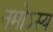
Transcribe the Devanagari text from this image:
नमोऽस्य